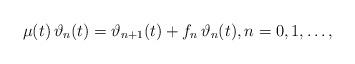
LaTeX: \begin{align*}\mu(t) \, \vartheta_{n}(t) = \vartheta_{n+1}(t) + f_{n} \, \vartheta_{n}(t), n= 0, 1, \ldots,\end{align*}